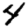
Digit: 4